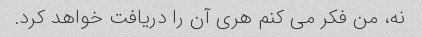
نه، من فکر می کنم هری آن را دریافت خواهد کرد.